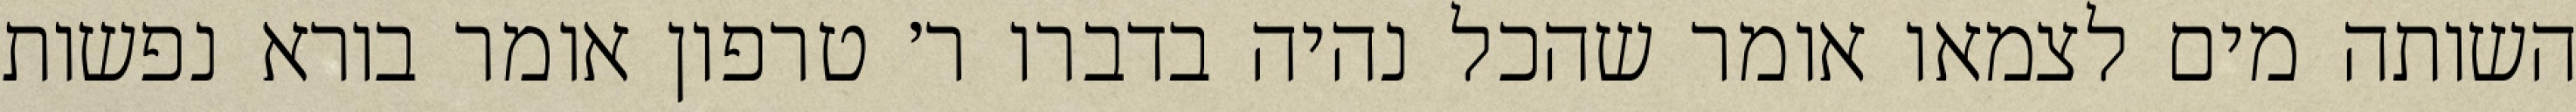
השותה מים לצמאו אומר שהכל נהיה בדברו ר׳ טרפון אומר בורא נפשות